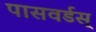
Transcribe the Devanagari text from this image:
पासवर्डस्